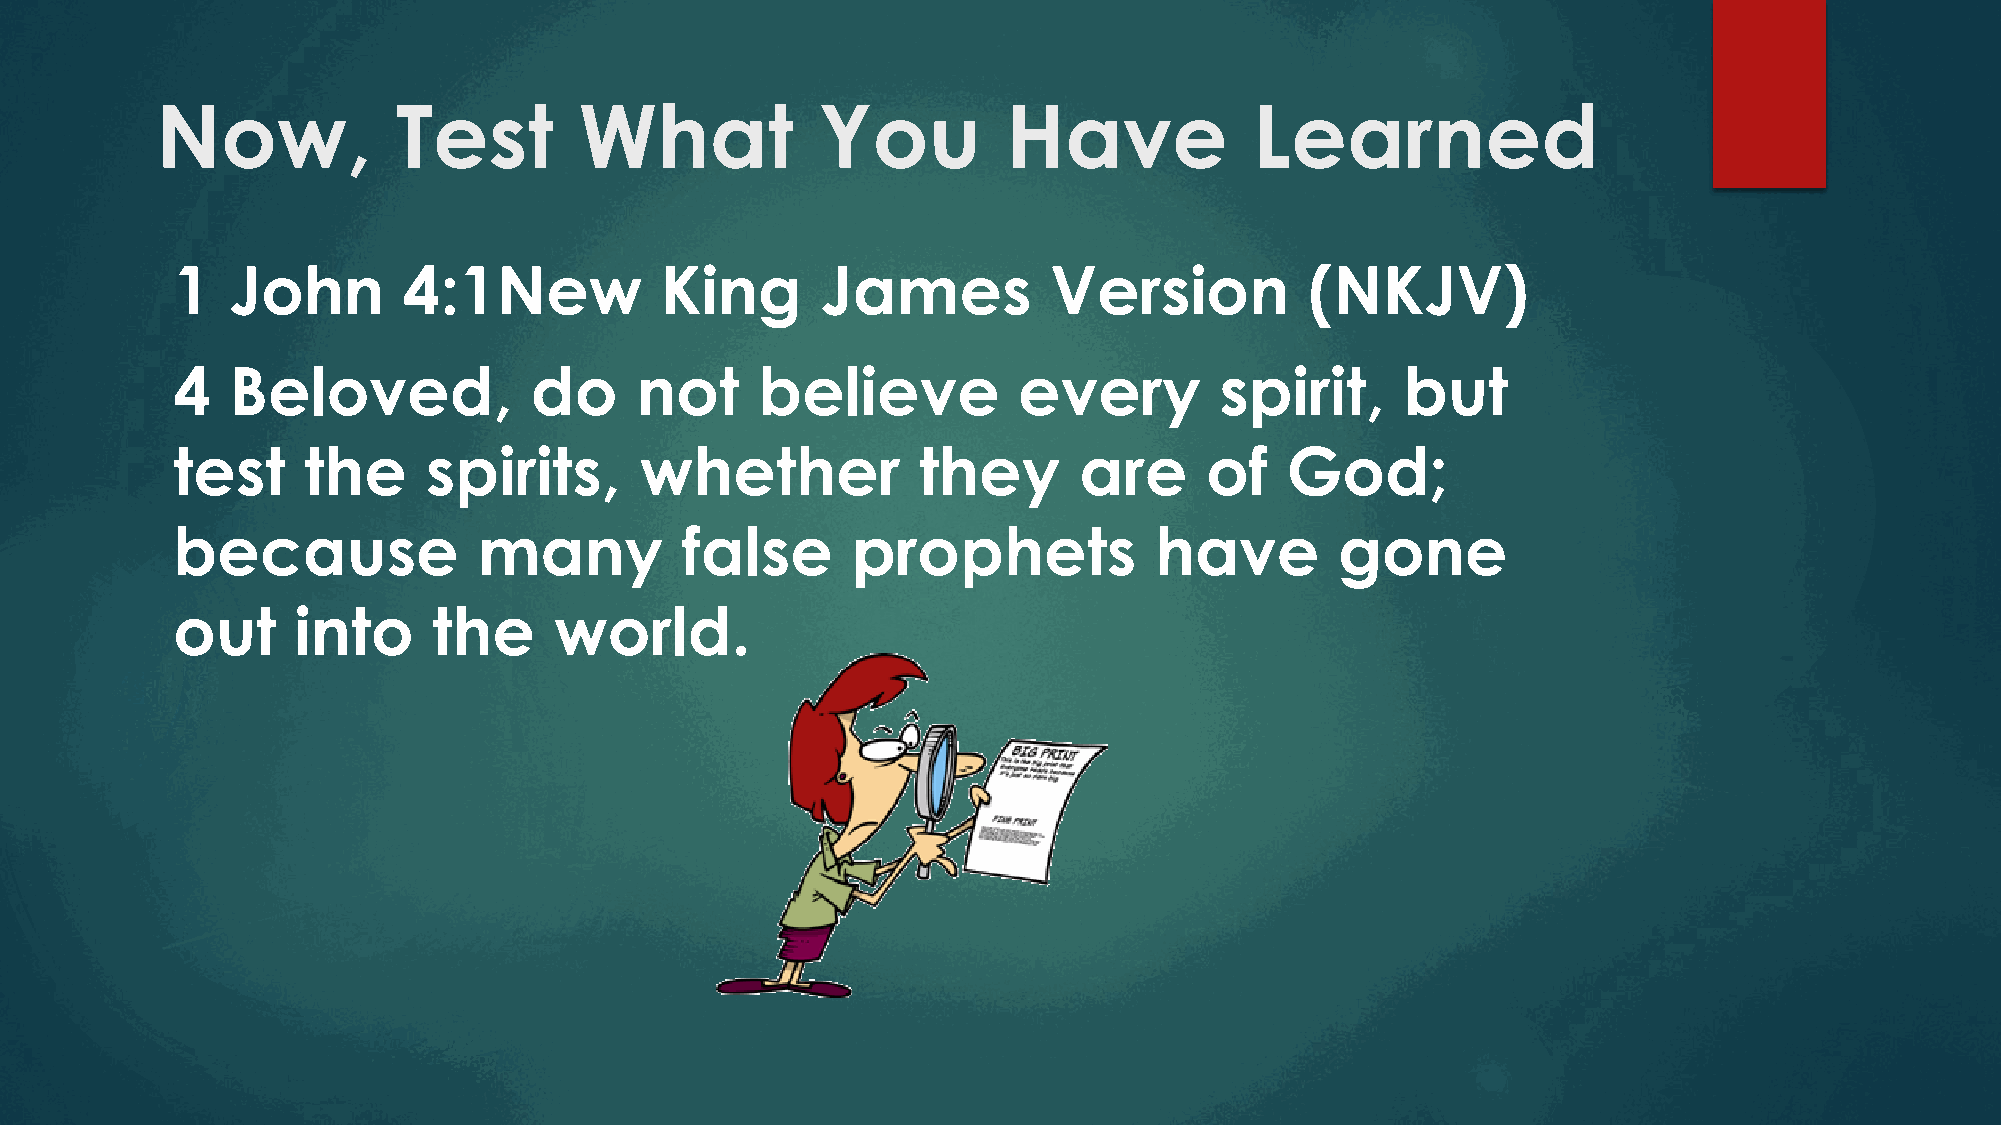
Now,            Test        What            You          Have            Learned
 1   John        4:1New           King      James          Version           (NKJV)
 4   Beloved,            do     not     believe          every         spirit,     but
 test     the     spirits,      whether            they      are      of   God;
 because              many         false      prophets            have         gone
 out      into     the     world.